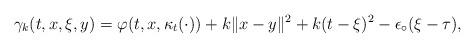
LaTeX: \begin{align*}\gamma_k(t,x,\xi,y) = \varphi(t,x,\kappa_t(\cdot)) + k \|x - y\|^2 + k (t - \xi)^2 - \epsilon_\circ (\xi - \tau),\end{align*}